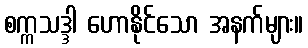
စက္ကသဒ္ဒါ ဟောနိုင်သော အနက်များ။